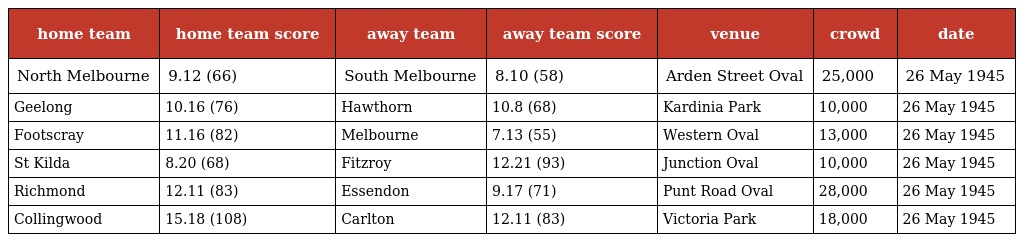
| home team | home team score | away team | away team score | venue | crowd | date |
 | --- | --- | --- | --- | --- | --- | --- |
 | North Melbourne | 9.12 (66) | South Melbourne | 8.10 (58) | Arden Street Oval | 25,000 | 26 May 1945 |
 | Geelong | 10.16 (76) | Hawthorn | 10.8 (68) | Kardinia Park | 10,000 | 26 May 1945 |
 | Footscray | 11.16 (82) | Melbourne | 7.13 (55) | Western Oval | 13,000 | 26 May 1945 |
 | St Kilda | 8.20 (68) | Fitzroy | 12.21 (93) | Junction Oval | 10,000 | 26 May 1945 |
 | Richmond | 12.11 (83) | Essendon | 9.17 (71) | Punt Road Oval | 28,000 | 26 May 1945 |
 | Collingwood | 15.18 (108) | Carlton | 12.11 (83) | Victoria Park | 18,000 | 26 May 1945 |